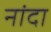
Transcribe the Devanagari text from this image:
नांदा